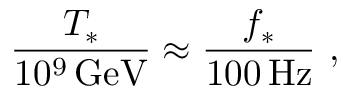
{ \frac { T _ { * } } { 1 0 ^ { 9 } \, \mathrm { G e V } } } \approx { \frac { f _ { * } } { 1 0 0 \, \mathrm { H z } } } \ ,